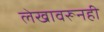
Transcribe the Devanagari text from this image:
लेखावरूनही